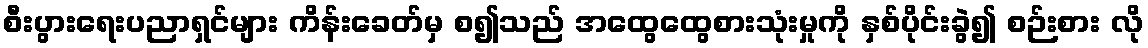
စီးပွားရေးပညာရှင်များ ကိန်းခေတ်မှ စ၍သည် အထွေထွေစားသုံးမှုကို နှစ်ပိုင်းခွဲ၍ စဉ်းစား လို